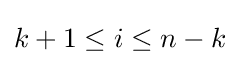
k+1\leq i\leq n-k